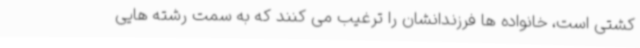
کشتی است، خانواده ها فرزندانشان را ترغیب می کنند که به سمت رشته هایی